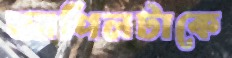
আপিলটাকে